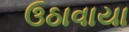
ઉઠાવાયા